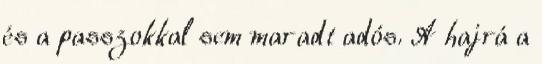
és a passzokkal sem maradt adós. A hajrá a